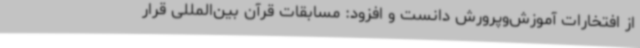
از افتخارات آموزش‌وپرورش دانست و افزود: مسابقات قرآن بین‌المللی قرار